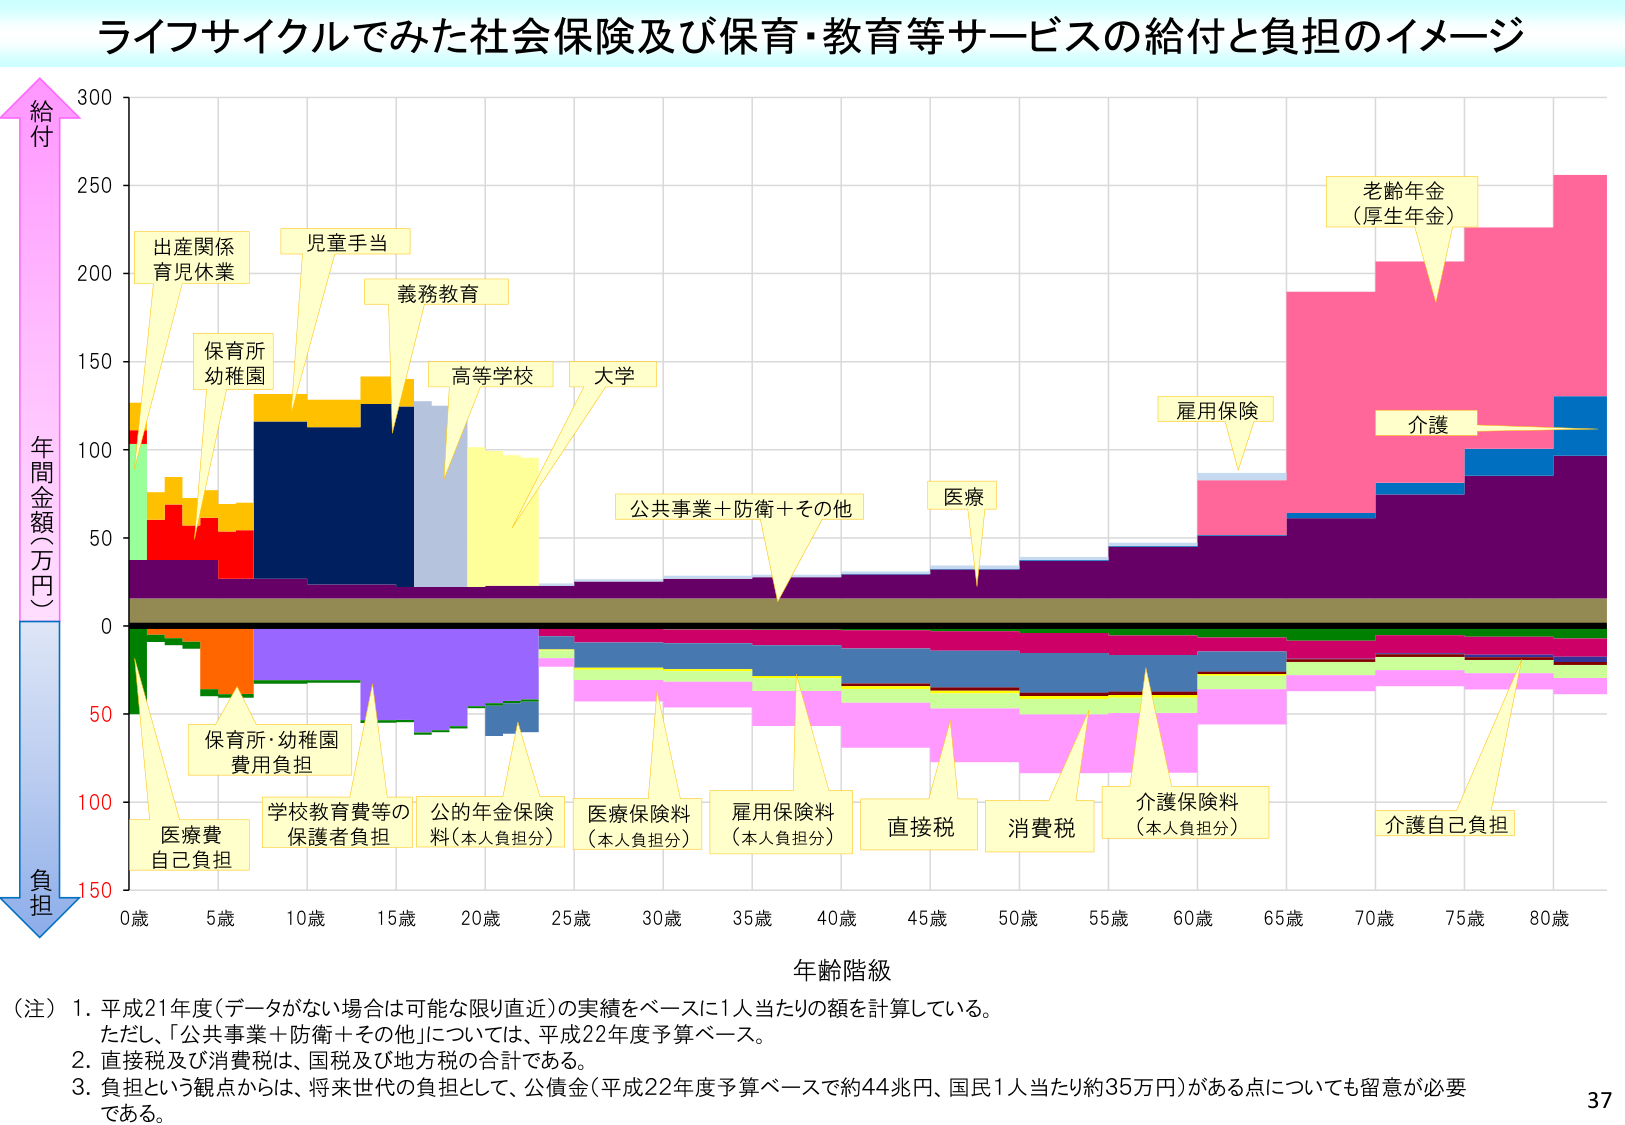
ライフサイクルでみた社会保険及び保育・教育等サービスの給付と負担のイメージ

給付
年間金額（万円）
負担

出産関係
育児休業

児童手当

保育所
幼稚園

義務教育

高等学校

大学

公共事業＋防衛＋その他

医療

雇用保険

老齢年金
（厚生年金）

介護

保育所・幼稚園
費用負担

医療費
自己負担

学校教育費等の
保護者負担

公的年金保険
料（本人負担分）

医療保険料
（本人負担分）

雇用保険料
（本人負担分）

直接税

消費税

介護保険料
（本人負担分）

介護自己負担

0歳　5歳　10歳　15歳　20歳　25歳　30歳　35歳　40歳　45歳　50歳　55歳　60歳　65歳　70歳　75歳　80歳

年齢階級

（注）1. 平成21年度（データがない場合は可能な限り直近）の実績をベースに1人当たりの額を計算している。
　　ただし、「公共事業＋防衛＋その他」については、平成22年度予算ベース。
2. 直接税及び消費税は、国税及び地方税の合計である。
3. 負担という観点からは、将来世代の負担として、公債金（平成22年度予算ベースで約44兆円、国民1人当たり約35万円）がある点についても留意が必要である。

37